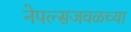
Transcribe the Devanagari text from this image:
नेपल्सजवळच्या